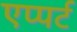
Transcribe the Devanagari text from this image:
एप्पर्ट